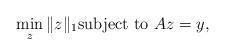
LaTeX: \begin{align*}\min\limits_z \|z\|_1 \textrm{subject to } Az=y,\end{align*}